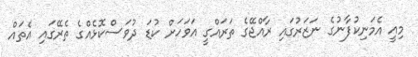
މިއީ އެމަނިކުފާނުގެ ނަޒަރުގައި ރާއްޖޭގެ ތަރައްގީ އަވަހަށް ކުޑަ ދުވަސްކޮޅެއްގެ ތެރޭގައި އެތައް